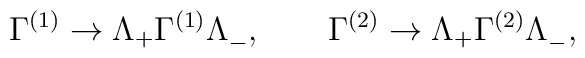
\Gamma^{(1)} \to \Lambda_+ \Gamma^{(1)} \Lambda^{}_-, \qquad\Gamma^{(2)} \to \Lambda_+ \Gamma^{(2)} \Lambda^{}_-,